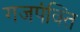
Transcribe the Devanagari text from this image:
गजपंक्ति